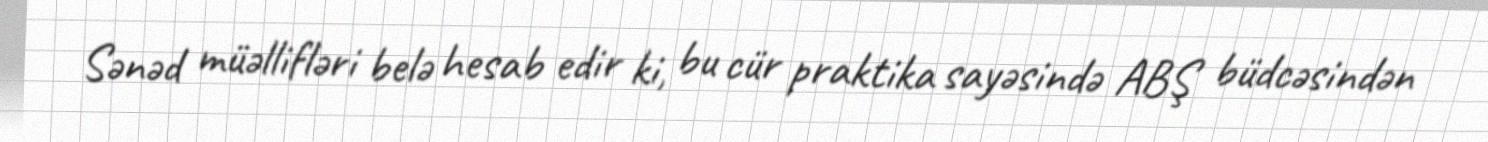
Sənəd müəllifləri belə hesab edir ki, bu cür praktika sayəsində ABŞ büdcəsindən